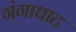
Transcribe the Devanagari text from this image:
गंगाघाट